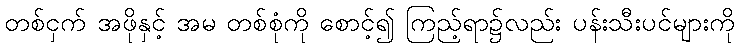
တစ်ငှက် အဖိုနှင့် အမ တစ်စုံကို စောင့်၍ ကြည့်ရာ၌လည်း ပန်းသီးပင်များကို